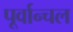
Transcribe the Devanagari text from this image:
पूर्वान्चल